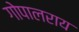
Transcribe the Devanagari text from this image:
गोपालराय